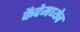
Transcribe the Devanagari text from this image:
कैदेमध्येच